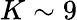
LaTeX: K\sim 9